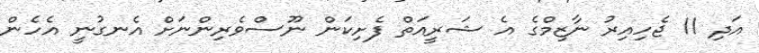
އަދި 11 ޖެހިއިރު ނާޒިމްގެ އެ ޝަރީއަތް ފެށިކަން ނޫސްވެރިންނަށް އެނގުނީ އެހެން